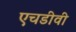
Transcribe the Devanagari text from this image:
एचडीवी